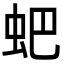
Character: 蚆